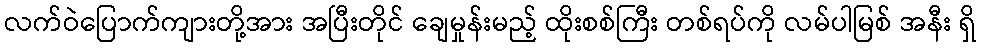
လက်ဝဲပြောက်ကျားတို့အား အပြီးတိုင် ချေမှုန်းမည့် ထိုးစစ်ကြီး တစ်ရပ်ကို လမ်ပါမြစ် အနီး ရှိ